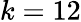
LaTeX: k=12